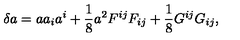
\delta a = a a _ { i } a ^ { i } + \frac { 1 } { 8 } a ^ { 2 } F ^ { i j } F _ { i j } + \frac { 1 } { 8 } G ^ { i j } G _ { i j } ,